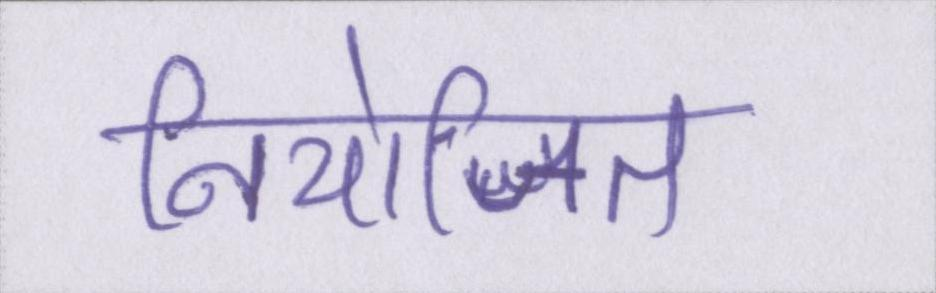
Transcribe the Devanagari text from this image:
नियोजित